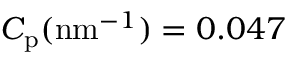
C _ { \mathrm { p } } ( \mathrm { n m } ^ { - 1 } ) = 0 . 0 4 7